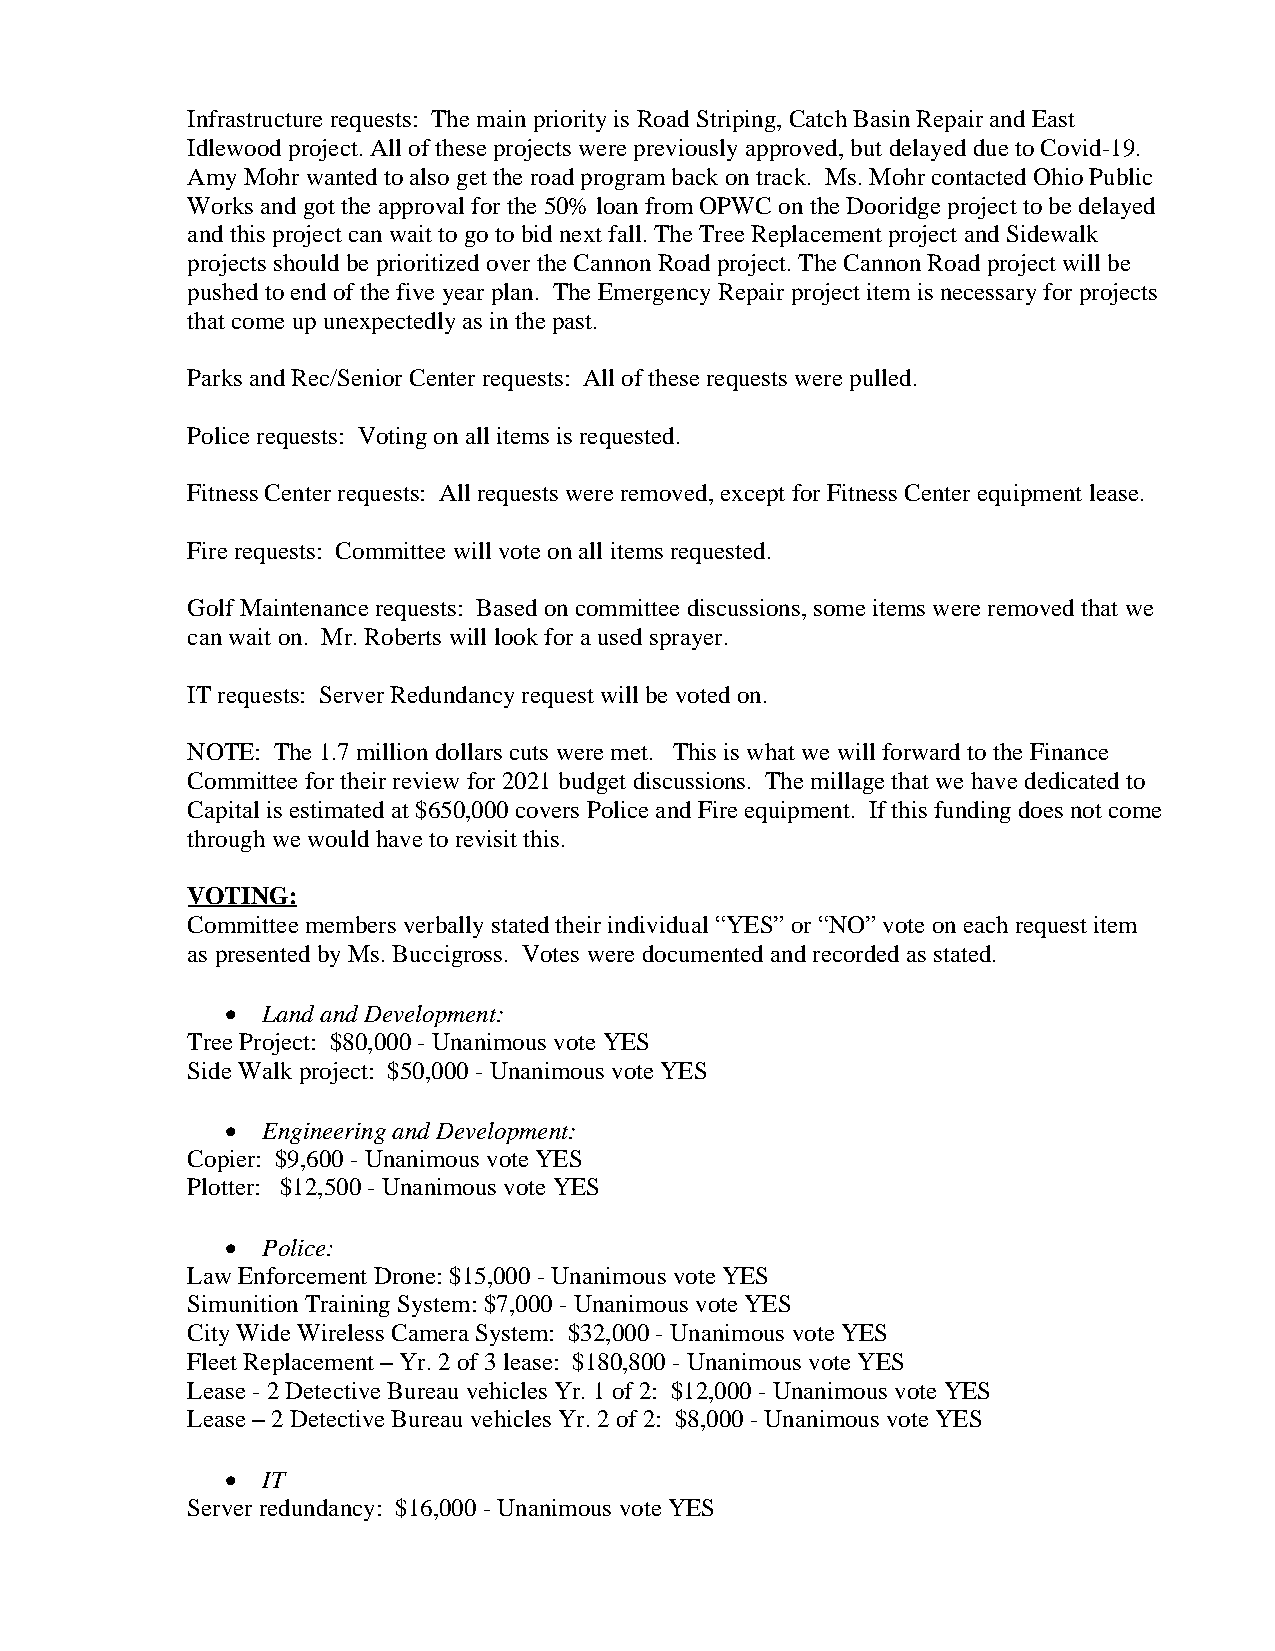
Infrastructure requests: The main priority is Road Striping, Catch Basin Repair and East
 Idlewood project. All of these projects were previously approved, but delayed due to Covid-19.
 Amy Mohr wanted to also get the road program back on track. Ms. Mohr contacted Ohio Public
 Works and got the approval for the 50% loan from OPWC on the Dooridge project to be delayed
 and this project can wait to go to bid next fall. The Tree Replacement project and Sidewalk
 projects should be prioritized over the Cannon Road project. The Cannon Road project will be
 pushed to end of the five year plan. The Emergency Repair project item is necessary for projects
 that come up unexpectedly as in the past.
 Parks and Rec/Senior Center requests: All of these requests were pulled.
 Police requests: Voting on all items is requested.
 Fitness Center requests: All requests were removed, except for Fitness Center equipment lease.
 Fire requests: Committee will vote on all items requested.
 Golf Maintenance requests: Based on committee discussions, some items were removed that we
 can wait on. Mr. Roberts will look for a used sprayer.
 IT requests: Server Redundancy request will be voted on.
 NOTE: The 1.7 million dollars cuts were met. This is what we will forward to the Finance
 Committee for their review for 2021 budget discussions. The millage that we have dedicated to
 Capital is estimated at $650,000 covers Police and Fire equipment. If this funding does not come
 through we would have to revisit this.
 VOTING:
 Committee members verbally stated their individual “YES” or “NO” vote on each request item
 as presented by Ms. Buccigross. Votes were documented and recorded as stated.
  Land and Development:
 Tree Project: $80,000 - Unanimous vote YES
 Side Walk project: $50,000 - Unanimous vote YES
  Engineering and Development:
 Copier: $9,600 - Unanimous vote YES
 Plotter: $12,500 - Unanimous vote YES
  Police:
 Law Enforcement Drone: $15,000 - Unanimous vote YES
 Simunition Training System: $7,000 - Unanimous vote YES
 City Wide Wireless Camera System: $32,000 - Unanimous vote YES
 Fleet Replacement – Yr. 2 of 3 lease: $180,800 - Unanimous vote YES
 Lease - 2 Detective Bureau vehicles Yr. 1 of 2: $12,000 - Unanimous vote YES
 Lease – 2 Detective Bureau vehicles Yr. 2 of 2: $8,000 - Unanimous vote YES
  IT
 Server redundancy: $16,000 - Unanimous vote YES